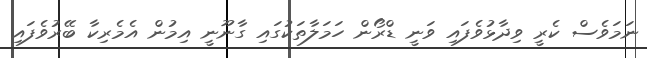
ނަމަވެސް ކެރީ ވިދާޅުވެފައި ވަނީ ޑްރޯން ހަމަލާތަކުގައި ގާނޫނީ އިމުން އެމެރިކާ ބޭރުވެފައި